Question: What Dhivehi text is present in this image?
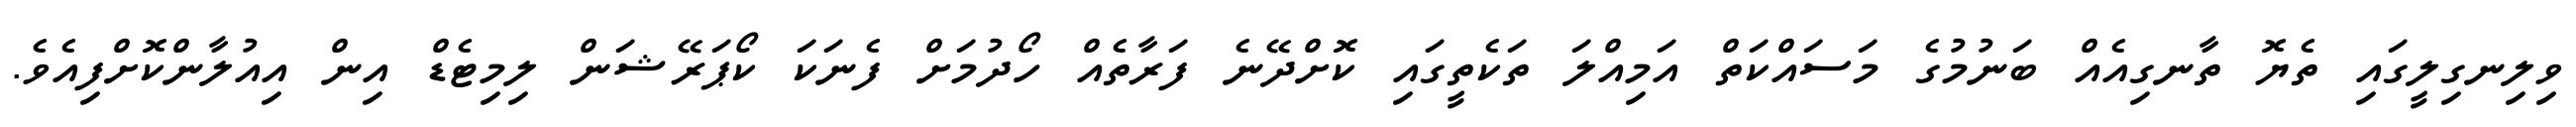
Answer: ވިލިނގިލީގައި ތެޔޮ ތާނގިއެއް ބަނުމުގެ މަސައްކަތް އަމިއްލަ ތަކެތީގައި ކޮށްދޭނެ ފަރާތެއް ހޯދުމަށް ފެނަކަ ކޯޕަރޭޝަން ލިމިޓެޑް އިން އިއުލާންކޮށްފިއެވެ.